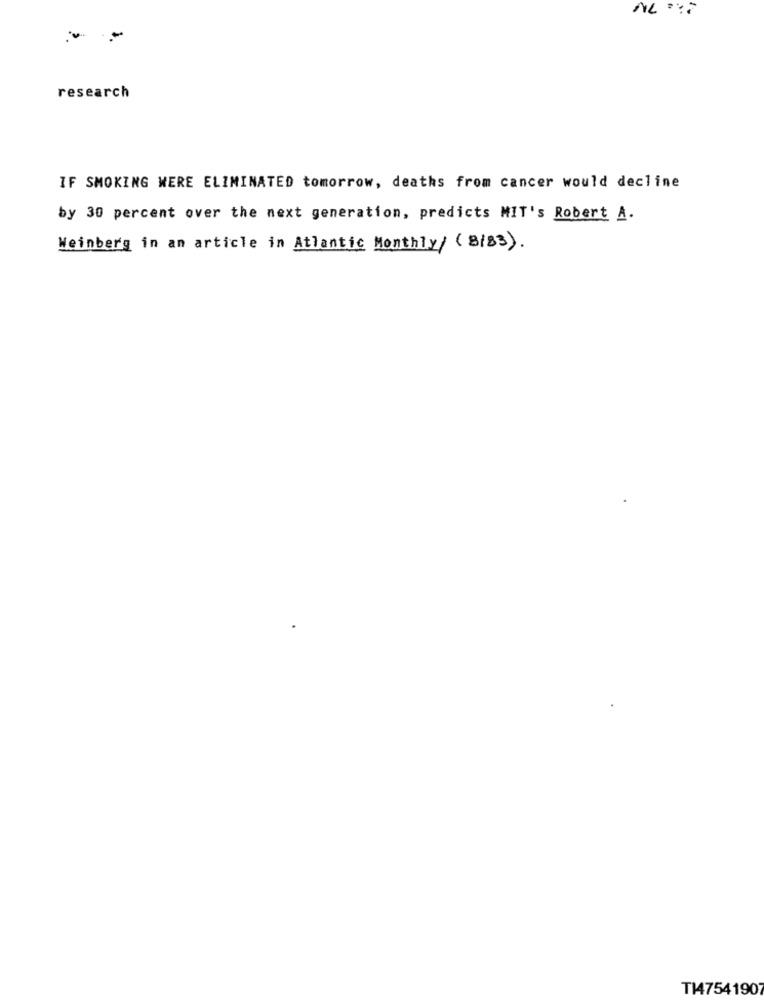
-
-
research
IF SMOKING WERE ELIMINATED tomorrow, deaths from cancer would decline
by 30 percent over the next generation, predicts MIT's Robert A.
Weinberg in an article in Atlantic Monthly/ ( Bis3).
T147541907